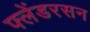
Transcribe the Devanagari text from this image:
फ्लेंडरसन